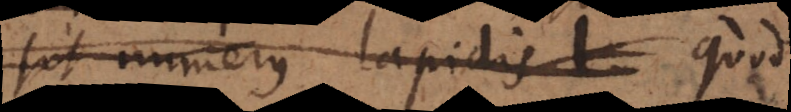
(c) numerus lapidis quod